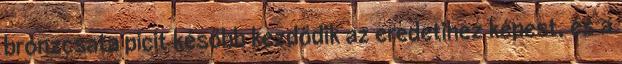
bronzcsata picit később kezdődik az eredetihez képest, és a